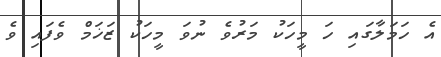
އެ ހަމަލާގައި ހަ މީހަކު މަރުވެ ނުވަ މީހަކު ޒަޚަމް ވެފައި ވެ